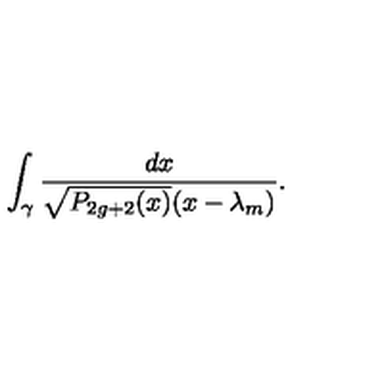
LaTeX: \int _ { \gamma } { \frac { d x } { \sqrt { P _ { 2 g + 2 } ( x ) } ( x - \lambda _ { m } ) } } .